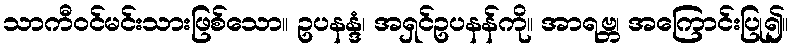
သာကီဝင်မင်းသားဖြစ်သော။ ဥပနန္ဒံ၊ အရှင်ဥပနန်ကို။ အာရဗ္ဘ၊ အကြောင်းပြု၍။